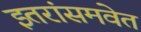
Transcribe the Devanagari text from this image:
इतरांसमवेत